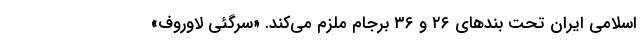
اسلامی ایران تحت بندهای ۲۶ و ۳۶ برجام ملزم می‌کند. «سرگئی لاوروف»